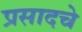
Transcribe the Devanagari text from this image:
प्रसादचे